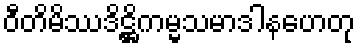
ဝီတိမိဿဒိဋ္ဌိကမ္မသမာဒါနဟေတု